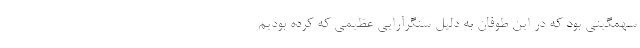
سهمگینی بود که در این طوفان به دلیل سنگرآرایی عظیمی که کرده بودیم